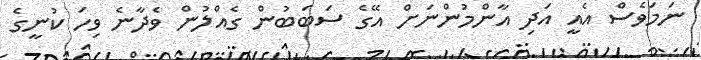
ނަމަވެސް އެއީ އަދި އާންމުންނަށް އޭގެ ސަބަބުން ގެއްލުން ވެދާނެ ވިހަ ކުނީގެ